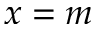
x = m